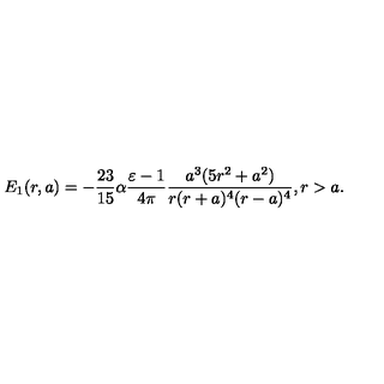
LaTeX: E _ { 1 } ( r , a ) = - \frac { 2 3 } { 1 5 } \alpha \frac { \varepsilon - 1 } { 4 \pi } \frac { a ^ { 3 } ( 5 r ^ { 2 } + a ^ { 2 } ) } { r ( r + a ) ^ { 4 } ( r - a ) ^ { 4 } } , r > a .